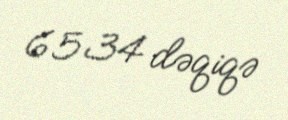
6534 dəqiqə